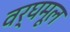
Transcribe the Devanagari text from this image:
वर्घमूल